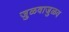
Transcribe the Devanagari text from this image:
जुळवाजुळव